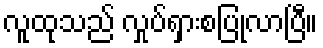
လူထုသည် လှုပ်ရှားစပြုလာပြီ။